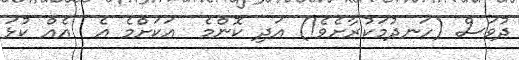
ދުވަސް (ހަނދުމަކުރާށެވެ!) އަދި ކޮންމެ  އަކަށްމެ އެ  އެއް ކުޅަ